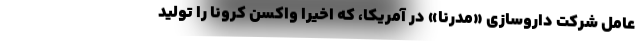
عامل شرکت دارو‌سازی «مُدرنا» در آمریکا، که اخیراً واکسن کرونا را تولید